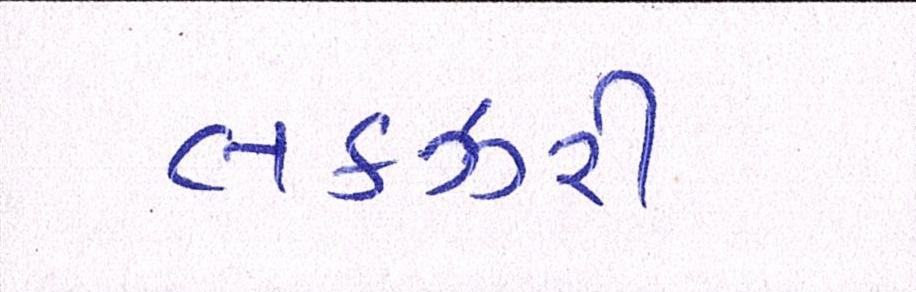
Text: લકઝરી